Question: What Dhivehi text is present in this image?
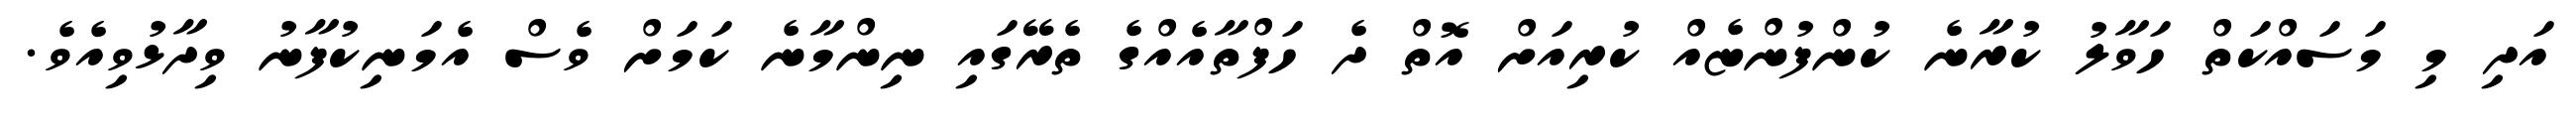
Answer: އަދި މި މަސައްކަތް ހަވާލު ކުރާނެ ކުންފުންޏެއް ކުރިއަށް އޮތް ދެ ހަފްތާއެއްގެ ތެރޭގައި ނިންމާނެ ކަމަށް ވެސް އެމަނިކުފާނު ވިދާޅުވިއެވެ.